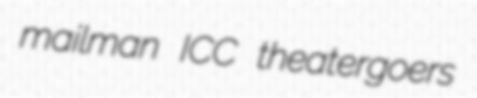
mailman ICC theatergoers